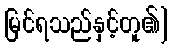
မြင်ရသည်နှင့်တူ၏]